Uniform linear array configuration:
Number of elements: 4
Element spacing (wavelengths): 0.75
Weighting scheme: uniform
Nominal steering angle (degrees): -15
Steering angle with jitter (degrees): -14.271
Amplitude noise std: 0.05
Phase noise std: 0.05

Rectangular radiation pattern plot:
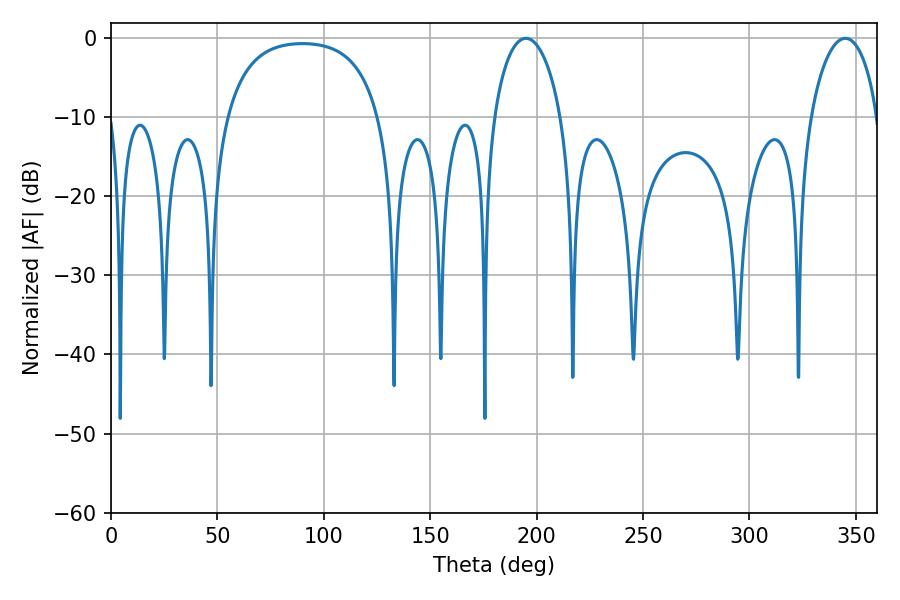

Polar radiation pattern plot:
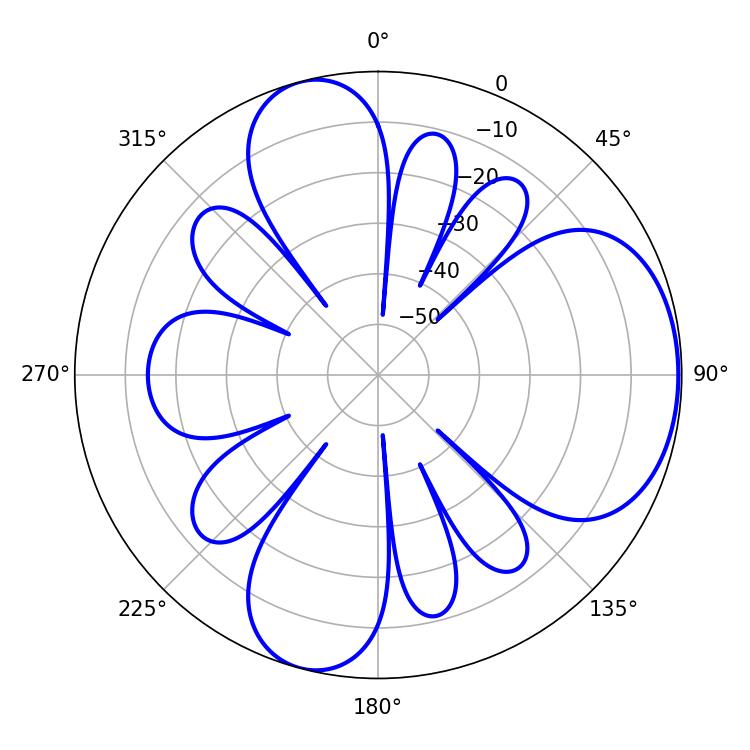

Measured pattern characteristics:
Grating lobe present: TRUE
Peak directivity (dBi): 5.932
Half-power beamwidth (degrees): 18.18
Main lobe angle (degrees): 194.94